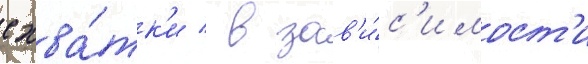
схва́тк'и / в зав'и́с'имост'и